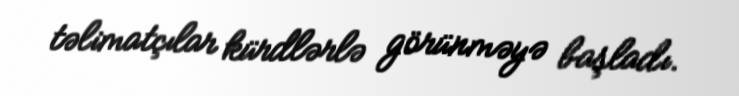
təlimatçılar kürdlərlə görünməyə başladı.